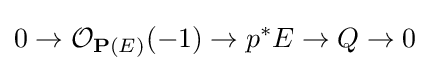
0\to {\mathcal {O}}_{\mathbf {P} (E)}(-1)\to p^{*}E\to Q\to 0